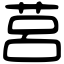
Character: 莒